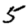
Digit: 5